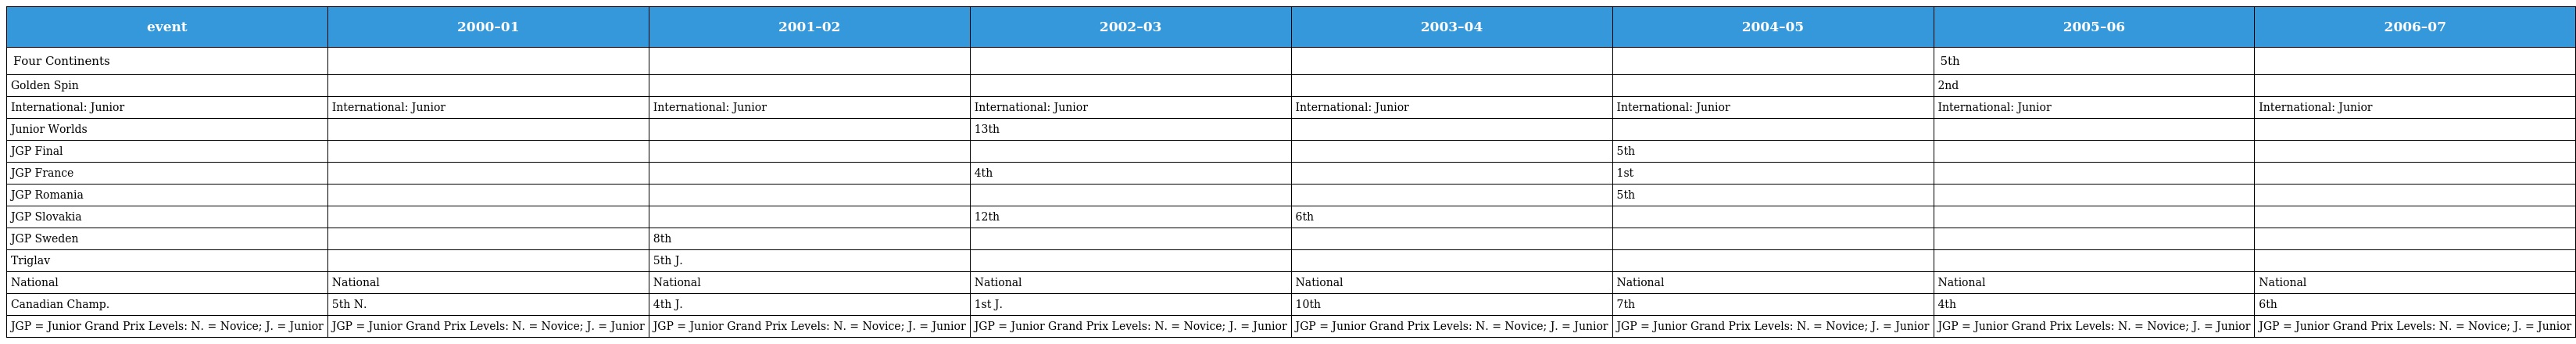
| event | 2000–01 | 2001–02 | 2002–03 | 2003–04 | 2004–05 | 2005–06 | 2006–07 |
 | --- | --- | --- | --- | --- | --- | --- | --- |
 | Four Continents |  |  |  |  |  | 5th |  |
 | Golden Spin |  |  |  |  |  | 2nd |  |
 | International: Junior | International: Junior | International: Junior | International: Junior | International: Junior | International: Junior | International: Junior | International: Junior |
 | Junior Worlds |  |  | 13th |  |  |  |  |
 | JGP Final |  |  |  |  | 5th |  |  |
 | JGP France |  |  | 4th |  | 1st |  |  |
 | JGP Romania |  |  |  |  | 5th |  |  |
 | JGP Slovakia |  |  | 12th | 6th |  |  |  |
 | JGP Sweden |  | 8th |  |  |  |  |  |
 | Triglav |  | 5th J. |  |  |  |  |  |
 | National | National | National | National | National | National | National | National |
 | Canadian Champ. | 5th N. | 4th J. | 1st J. | 10th | 7th | 4th | 6th |
 | JGP = Junior Grand Prix Levels: N. = Novice; J. = Junior | JGP = Junior Grand Prix Levels: N. = Novice; J. = Junior | JGP = Junior Grand Prix Levels: N. = Novice; J. = Junior | JGP = Junior Grand Prix Levels: N. = Novice; J. = Junior | JGP = Junior Grand Prix Levels: N. = Novice; J. = Junior | JGP = Junior Grand Prix Levels: N. = Novice; J. = Junior | JGP = Junior Grand Prix Levels: N. = Novice; J. = Junior | JGP = Junior Grand Prix Levels: N. = Novice; J. = Junior |